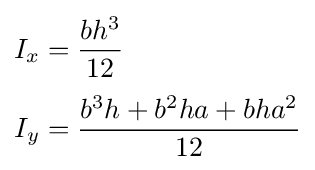
{\begin{aligned}I_{x}&={\frac {bh^{3}}{12}}\\[3pt]I_{y}&={\frac {b^{3}h+b^{2}ha+bha^{2}}{12}}\end{aligned}}